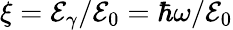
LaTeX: \xi=\mathcal{E}_{\gamma}/\mathcal{E}_{0}=\hbar\omega/\mathcal{E}_{0}